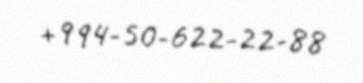
+994-50-622-22-88